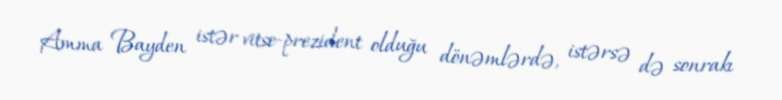
Amma Bayden istər vitse-prezident olduğu dönəmlərdə, istərsə də sonrakı